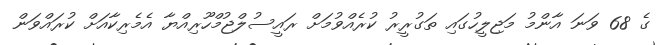
ގެ 68 ވަނަ އާންމު މަޖިލީހުގައި ތަގުރީރު ކުރެއްވުމަށް ރައީސުލްޖުމްހޫރިއްޔާ އެމެރިކާއަށް ކުރައްވަން